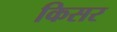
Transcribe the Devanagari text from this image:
किसर